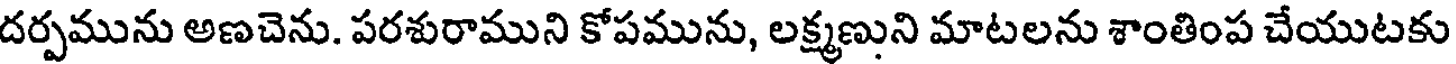
దర్పమును అణచెను. పరశురాముని కోపమును, లక్ష్మణుని మాటలను శాంతింప చేయుటకు